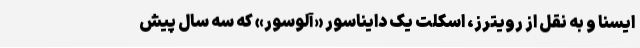
ایسنا و به نقل از رویترز، اسکلت یک دایناسور «آلوسور» که سه سال پیش